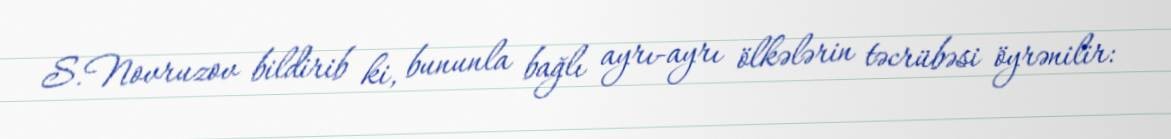
S.Novruzov bildirib ki, bununla bağlı ayrı-ayrı ölkələrin təcrübəsi öyrənilir: